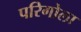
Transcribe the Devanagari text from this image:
परिगोला